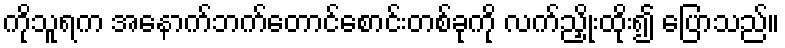
ကိုသူရက အနောက်ဘက်တောင်စောင်းတစ်ခုကို လက်ညှိုးထိုး၍ ပြောသည်။